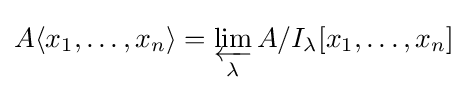
A\langle x_{1},\dots ,x_{n}\rangle =\varprojlim _{\lambda }A/I_{\lambda }[x_{1},\dots ,x_{n}]